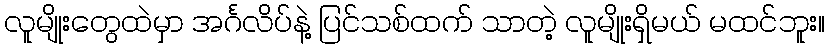
လူမျိုးတွေထဲမှာ အင်္ဂလိပ်နဲ့ ပြင်သစ်ထက် သာတဲ့ လူမျိုးရှိမယ် မထင်ဘူး။